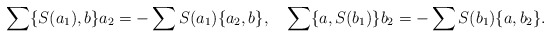
\begin{align*}\sum \{S(a_1),b\}a_2=-\sum S(a_1)\{a_2,b\}, \ \ \ \sum\{a,S(b_1)\}b_2=-\sum S(b_1)\{a,b_2\}.\end{align*}